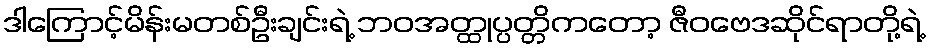
ဒါကြောင့်မိန်းမတစ်ဦးချင်းရဲ့ ဘဝအတ္ထုပ္ပတ္တိကတော့ ဇီဝဗေဒဆိုင်ရာတို့ရဲ့